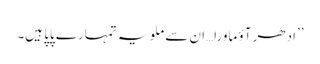
’’ادھر آؤ ماورا…ان سے ملو یہ تمہارے پاپا ہیں۔